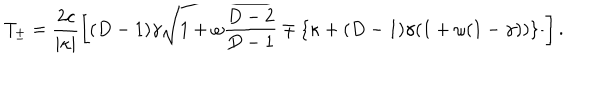
T _ { \pm } = \frac { 2 c } { \mid \kappa \mid } \left[ ( D - 1 ) \gamma \sqrt { 1 + \omega \frac { D - 2 } { D - 1 } } \mp \{ \kappa + ( D - 1 ) \gamma ( 1 + \omega ( 1 - \gamma ) ) \} \frac { } { } \right] .